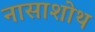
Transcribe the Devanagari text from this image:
नासाशोथ